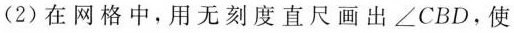
(2)在网格中，用无刻度直尺画出∠CBD，使